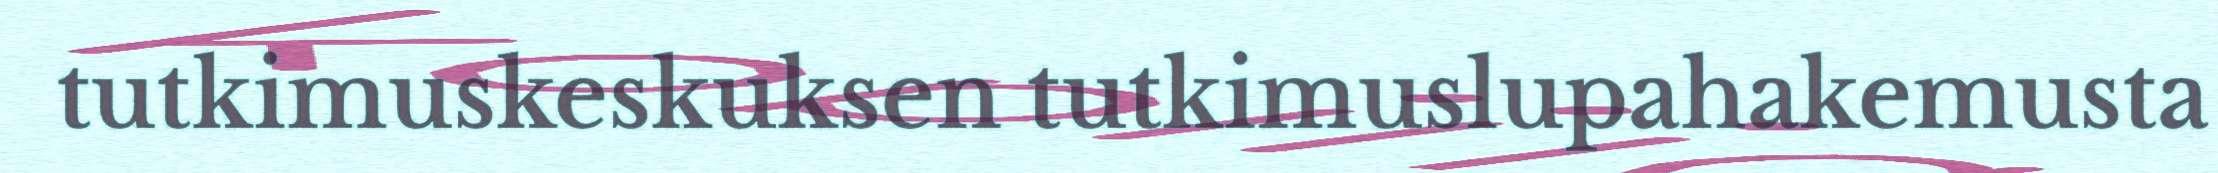
tutkimuskeskuksen tutkimuslupahakemusta